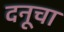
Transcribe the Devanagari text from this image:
दनूचा